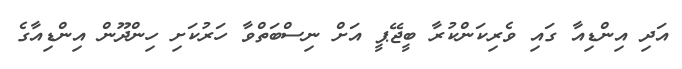
އަދި އިންޑިއާ ގައި ވެރިކަންކުރާ ބީޖޭޕީ އަށް ނިސްބަތްވާ ހަރުކަށި ހިންދޫން އިންޑިއާގެ